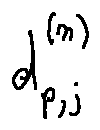
d _ { p , j } ^ { ( n ) }